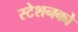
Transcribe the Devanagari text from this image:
स्टेशनको